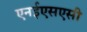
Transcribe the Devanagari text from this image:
एनईएसएसी